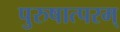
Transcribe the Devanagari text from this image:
पुरुषात्परम्